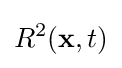
R^{2}(\mathbf {x} ,t)